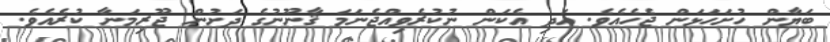
ބަޔާން ހުށަހަޅަން ޖެހެއެވެ. އަދި އެކަން ނުކުރެވިއްޖެނަމަ ޤާނޫނުގެ ދަށުން ޖޫރިމަނާ ކުރެއެވެ.